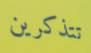
تتذكرين